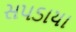
સપડાયા